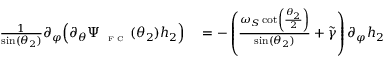
\begin{array} { r l } { \frac { 1 } { \sin ( \theta _ { 2 } ) } \partial _ { \varphi } \Big ( \partial _ { \theta } \Psi _ { \textnormal { \tiny { F C } } } ( \theta _ { 2 } ) h _ { 2 } \Big ) } & { { } = - \left( \frac { \omega _ { S } \cot \left( \frac { \theta _ { 2 } } { 2 } \right) } { \sin ( \theta _ { 2 } ) } + \widetilde { \gamma } \right) \partial _ { \varphi } h _ { 2 } } \end{array}